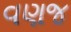
વણજ